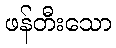
ဖန်တီးသော